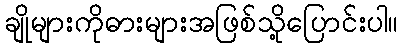
ချိုများကိုဓားများအဖြစ်သို့ပြောင်းပါ။